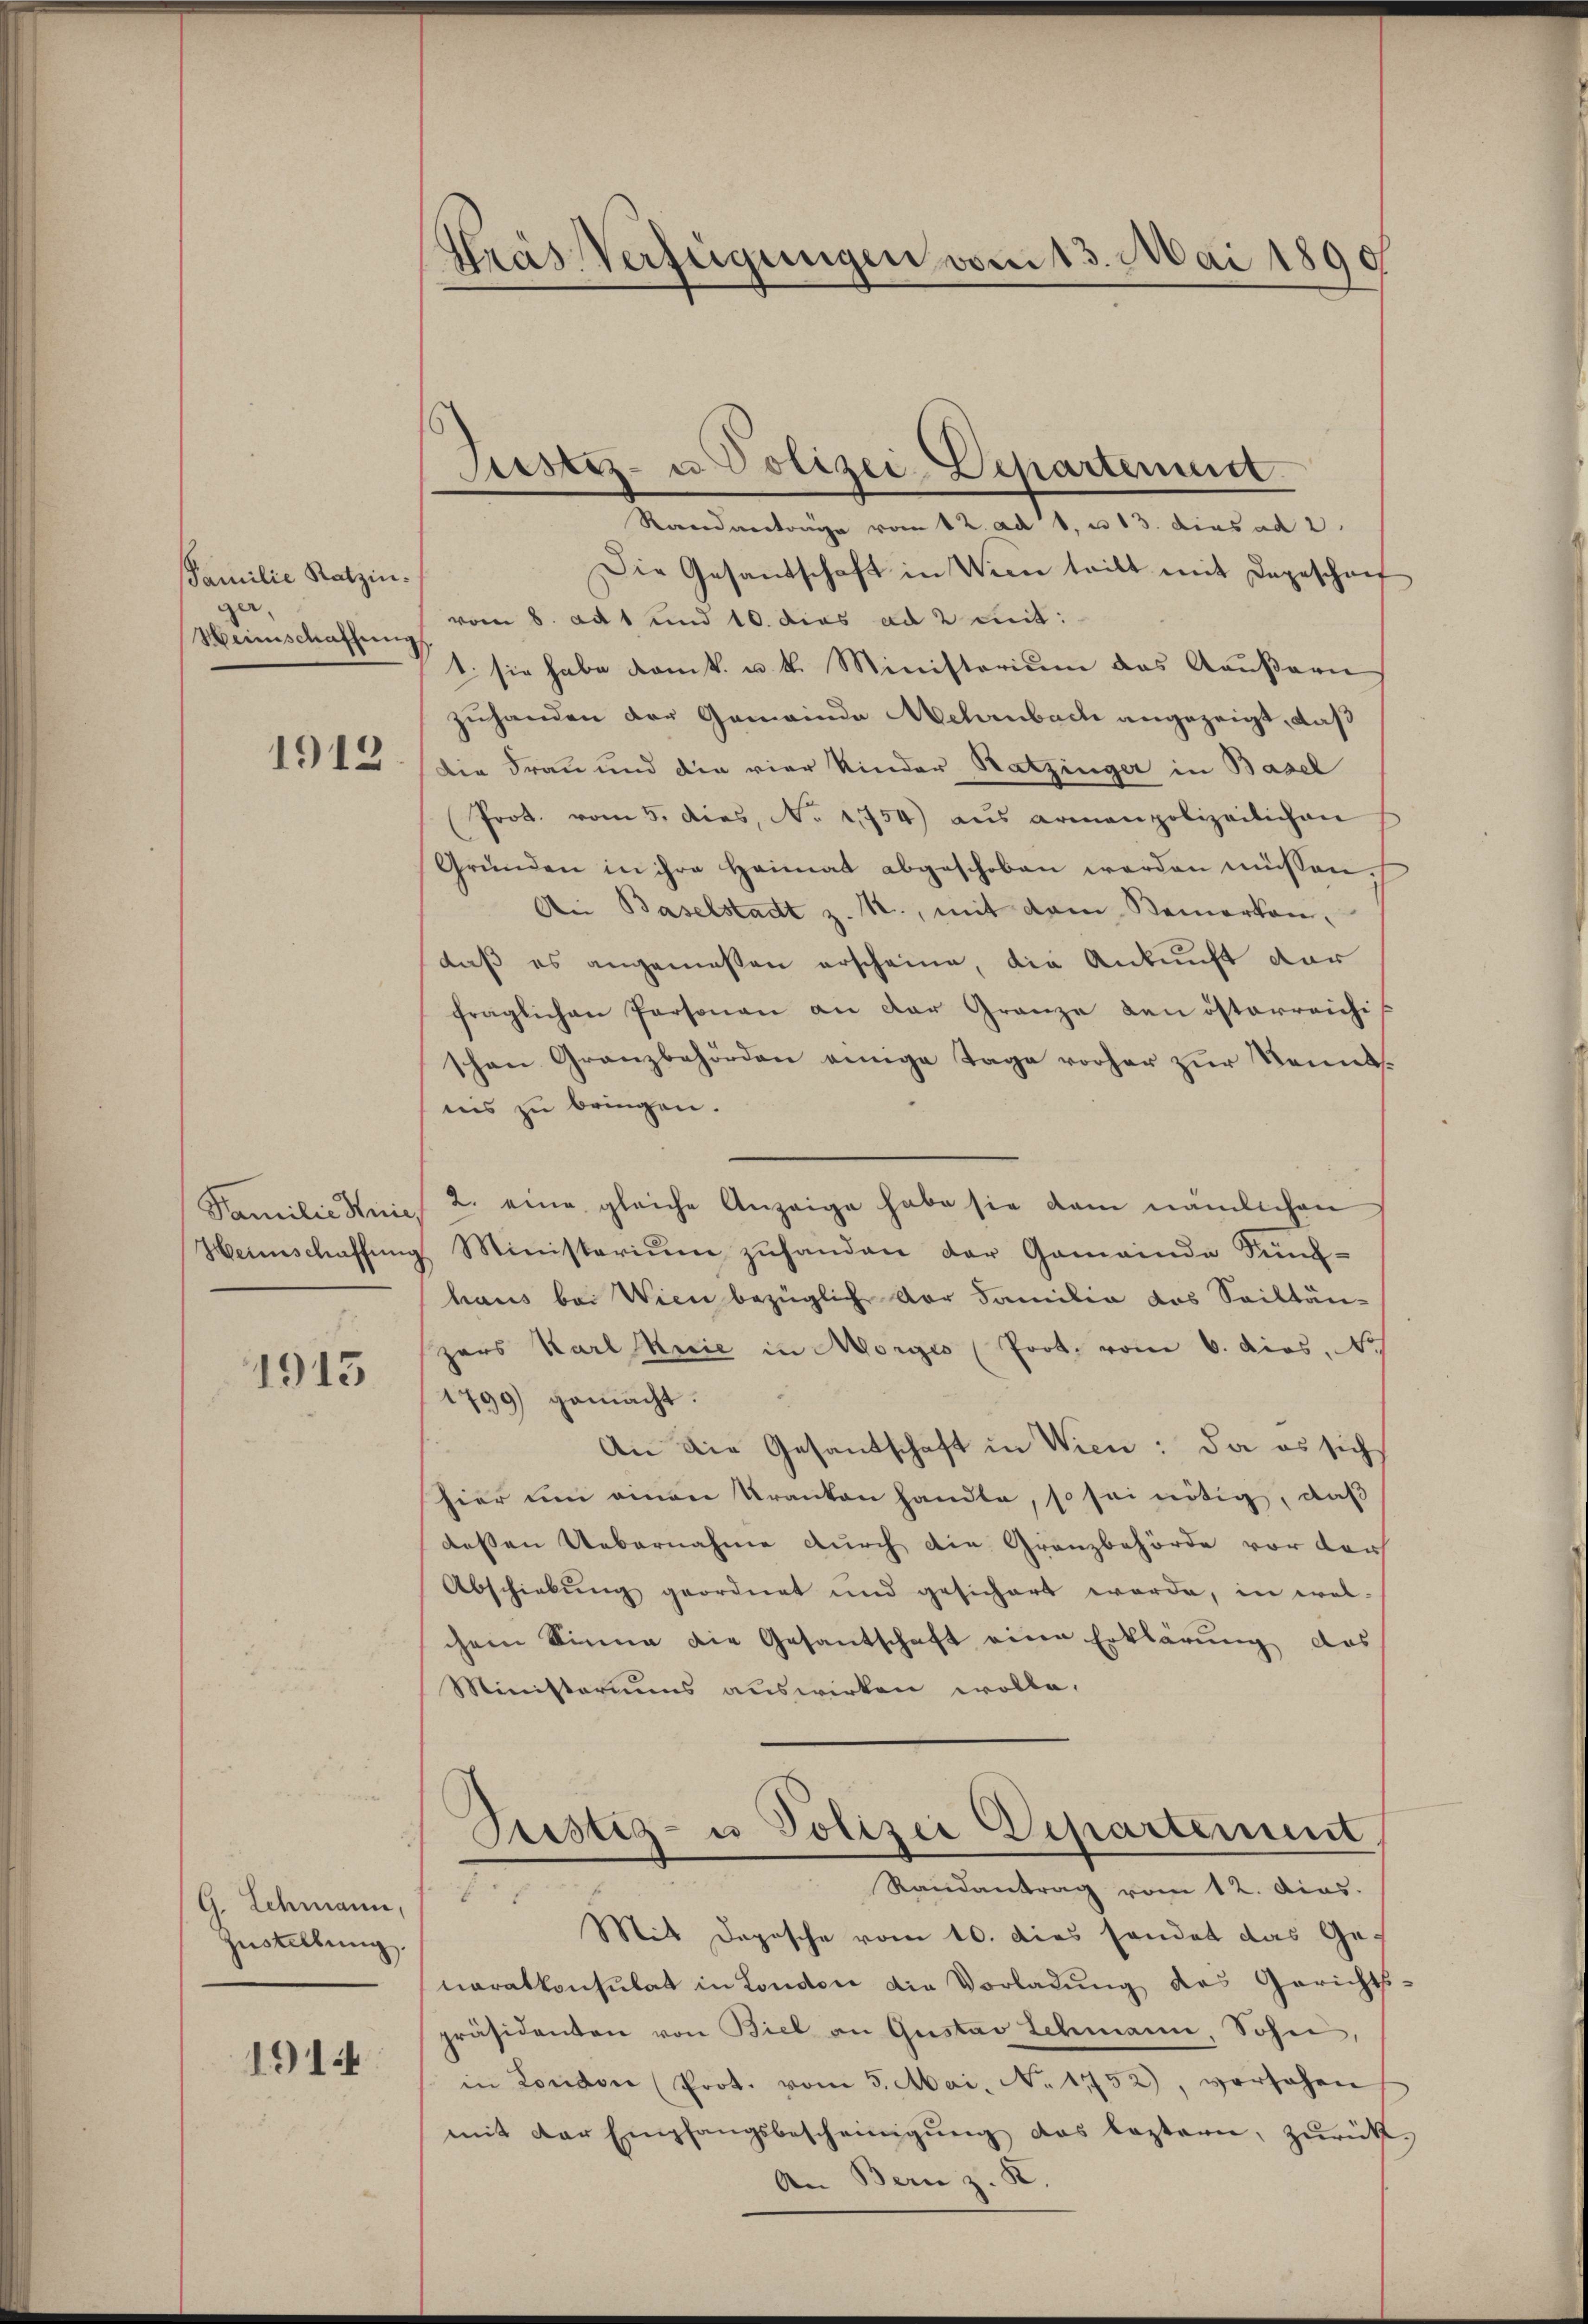
Familie Ratzin.
gar¬
Heinschaffung

1912

Familie Knie
Heinschaffung

1913

G. Schmann,
Zustellung.

1914

Gras Verfügungen vom 13. Mai 1890

Justiz- u Polizei-Departement

Randantrage vom 12. ad 1. u 13. dies ad 2.
Die Gesandschaft in Wien tritt mit angeschaf
vom 8. ad 1 und 10. dies ad 2 mit:
1. sie habe kant. u. k. Ministerium das Aaŭβern
zuhanden der Gemeinde Mehrnbach angezeigt, daß
Die Frau und die vier Kinder Satzinger in Basel
Prot. vom 5. dies, No 1754 aŭs armenpolizeilichen
Gründen in ihre Heimat abgeschoben werden müssen.
Ai Baselstadt z. B., mit dem Bemerken,
daß es angemessen erscheine, die Ankunft dar
fraglichen Personen an der Granze den österreichi-
schon Granzbehörden einige Tage vorher zur Kenntins zu bringen.
2. eine gleiche Anzeige habe sie dam nämlichen
. Ministeriŭm zŭhanden der Gemeinde Sünf-
haus bei Wien bezüglich der Familie das Sailtän-
zars Karl Knie in Morges Prot. vom 6. dies. N
1799) gemacht.
An die Gesandschaft in Wien: da es sich
hier um einen Kranken handle, so sei nötig, daß
dessen Uebernahme durch die Granzbehörde vor der
Abschiebung geordnet und gesichert werde, in wel-
chem Sinne die Gesantschaft eine Erklärŭng das
Ministeriums auswirken wolle.
Tustiz- u Polizei Departement,
Randantrag vom 12. Mias.
1
Mit Deposche vom 10. dies sendet das Genaratkonsulat in London die Vorladŭng des Gerichts-
präsidenten von Biel an Gustav Schmann, Sohn,
in London (Prot. vom 5. Mai. No 1152, versehen
mit der Empfangsbescheinigŭng das leztern, zŭrück¬
An Bern z. R.